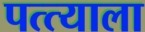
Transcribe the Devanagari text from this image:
पत्त्याला